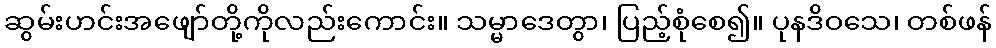
ဆွမ်းဟင်းအဖျော်တို့ကိုလည်းကောင်း။ သမ္မာဒေတွာ၊ ပြည့်စုံစေ၍။ ပုနဒိဝသေ၊ တစ်ဖန်